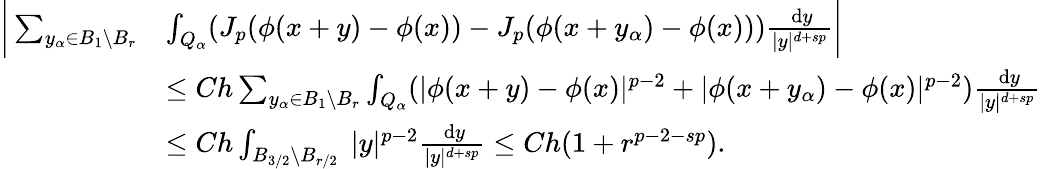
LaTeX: \begin{array}{rl}{\bigg|\sum_{y_{\alpha}\in B_{1}\setminus B_{r}}}&{\int_{Q_{\alpha}}(J_{p}(\phi(x+y)-\phi(x))-J_{p}(\phi(x+y_{\alpha})-\phi(x)))\frac{\, \mathrm{d}y}{|y|^{d+sp}}\bigg|}\\ &{\leq Ch\sum_{y_{\alpha}\in B_{1}\setminus B_{r}}\int_{Q_{\alpha}}(|\phi(x+y)-\phi(x)|^{p-2}+|\phi(x+y_{\alpha})-\phi(x)|^{p-2})\frac{\, \mathrm{d}y}{|y|^{d+sp}}}\\ &{\leq Ch\int_{B_{3/2}\setminus B_{r/2}}\ |y|^{p-2}\frac{\, \mathrm{d}y}{|y|^{d+sp}}\leq Ch(1+r^{p-2-sp}).}\end{array}